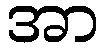
အာ